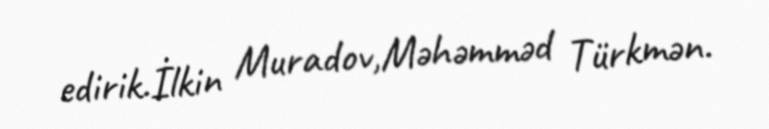
edirik.İlkin Muradov,Məhəmməd Türkmən.